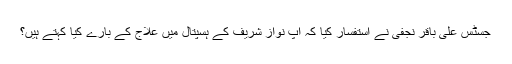
جسٹس علی باقر نجفی نے استفسار کیا کہ آپ نواز شریف کے ہسپتال میں علاج کے بارے کیا کہتے ہیں؟